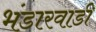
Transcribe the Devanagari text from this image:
भंडारवाडी